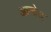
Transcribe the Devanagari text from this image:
आन्द्रेस्